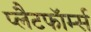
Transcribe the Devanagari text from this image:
प्लैटफॉर्म्स